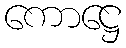
ကောဋ္ဌေ